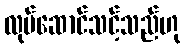
လုပ်ဆောင်သင့်သည်ဟု